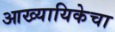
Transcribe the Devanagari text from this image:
आख्यायिकेचा